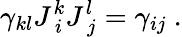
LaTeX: \gamma_{kl}J_{\ i}^{k}J_{\ j}^{l}=\gamma_{ij}\ .